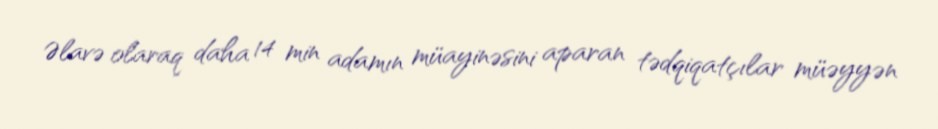
Əlavə olaraq daha 14 min adamın müayinəsini aparan tədqiqatçılar müəyyən